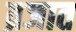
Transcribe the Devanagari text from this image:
व्रजात